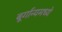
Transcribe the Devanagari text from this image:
बूर्गान्यमध्ये